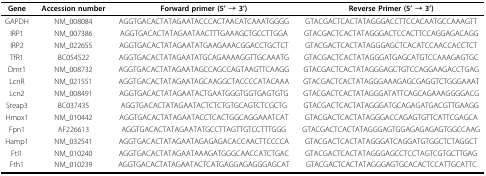
| Gene | Accession number | Forward primer (5' → 3') | Reverse Primer (5' → 3') |
 | --- | --- | --- | --- |
 | GAPDH | NM_008084 | AGGTGACACTATAGAATACCCACTAACATCAAATGGGG | GTACGACTCACTATAGGGACCTTCCACAATGCCAAAGTT |
 | IRP1 | NM_007386 | AGGTGACACTATAGAATAACTTTGAAAGCTGCCTTGGA | GTACGACTCACTATAGGGACTCCACTTCCAGGAGACAGG |
 | IRP2 | NM_022655 | AGGTGACACTATAGAATATGAAGAAACGGACCTGCTCT | GTACGACTCACTATAGGGAGCTCACATCCAACCACCTCT |
 | TfR1 | BC054522 | AGGTGACACTATAGAATATGCAGAAAAGGTTGCAAATG | GTACGACTCACTATAGGGATGAGCATGTCCAAAGAGTGC |
 | Dmt1 | NM_008732 | AGGTGACACTATAGAATAGCCAGCCAGTAAGTTCAAGG | GTACGACTCACTATAGGGAGCTGTCCAGGAAGACCTGAG |
 | LcnR | NM_021551 | AGGTGACACTATAGAATAGCAAGGCTACCCCATACAAA | GTACGACTCACTATAGGGAAAGAGCGAGGTCTGGGAAAT |
 | Lcn2 | NM_008491 | AGGTGACACTATAGAATACTGAATGGGTGGTGAGTGTG | GTACGACTCACTATAGGGATATTCAGCAGAAAGGGGACG |
 | Steap3 | BC037435 | AGGTGACACTATAGAATACTCTCTGTGCAGTCTCGCTG | GTACGACTCACTATAGGGATGCAGAGATGACGTTGAAGG |
 | Hmox1 | NM_010442 | AGGTGACACTATAGAATACCTCACTGGCAGGAAATCAT | GTACGACTCACTATAGGGACCAGAGTGTTCATTCGAGCA |
 | Fpn1 | AF226613 | AGGTGACACTATAGAATATGCCTTAGTTGTCCTTTGGG | GTACGACTCACTATAGGGAGTGGAGAGAGAGTGGCCAAG |
 | Hamp1 | NM_032541 | AGGTGACACTATAGAATAGAGAGACACCAACTTCCCCA | GTACGACTCACTATAGGGATCAGGATGTGGCTCTAGGCT |
 | Ftl1 | NM_010240 | AGGTGACACTATAGAATAAAGATGGGCAACCATCTGAC | GTACGACTCACTATAGGGAGCCTCCTAGTCGTGCTTGAG |
 | Fth1 | NM_010239 | AGGTGACACTATAGAATACTCATGAGGAGAGGGAGCAT | GTACGACTCACTATAGGGAGTGCACACTCCATTGCATTC |